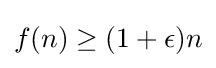
f(n)\geq (1+\epsilon )n